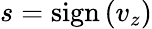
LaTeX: s=\mathrm{sign}\left(v_{z}\right)